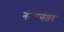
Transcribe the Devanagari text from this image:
नंतरनंतर